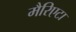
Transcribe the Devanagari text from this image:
मैरिएटा